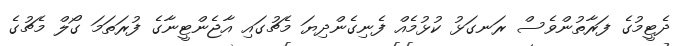
ދެޓީމުގެ ފަރާތުންވެސް ރަނގަޅު ކުޅުމެއް ފެނިގެންދިޔަ މެޗުގައި އާޖެންޓީނާގެ ފުރަތަމަ ގޯލް މެޗުގެ